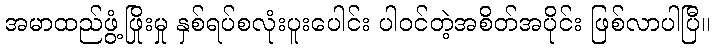
အမာထည်ဖွံ့ဖြိုးမှု နှစ်ရပ်စလုံးပူးပေါင်း ပါဝင်တဲ့အစိတ်အပိုင်း ဖြစ်လာပါပြီ။